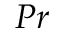
P r